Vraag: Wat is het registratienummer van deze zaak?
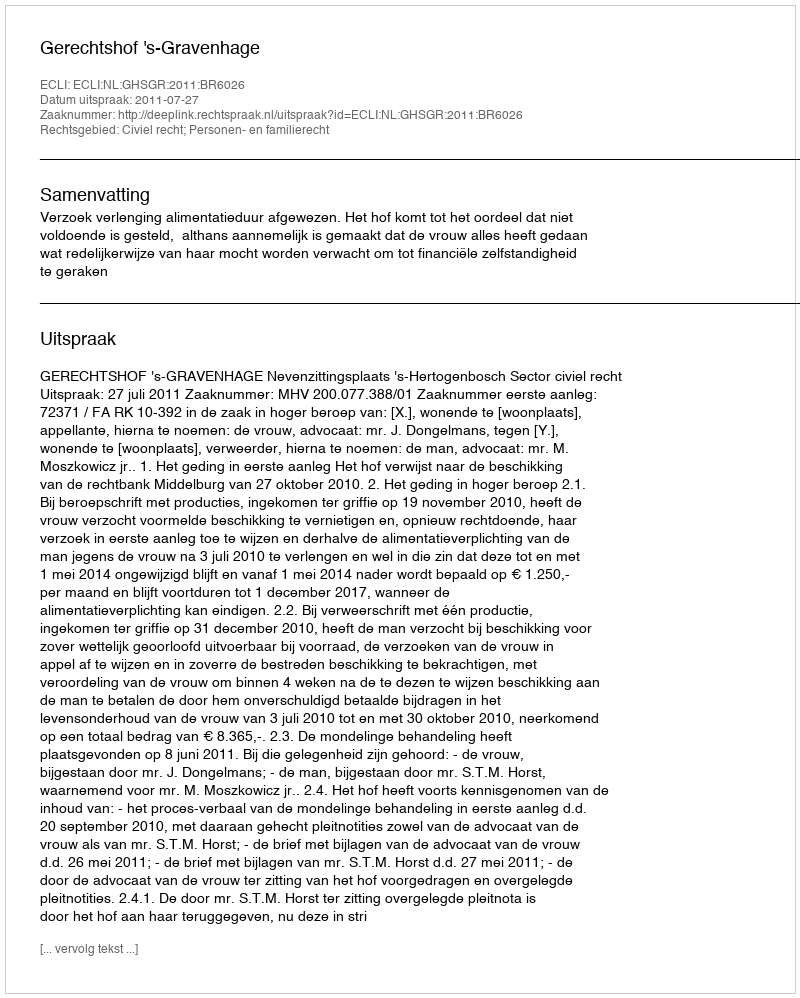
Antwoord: http://deeplink.rechtspraak.nl/uitspraak?id=ECLI:NL:GHSGR:2011:BR6026